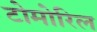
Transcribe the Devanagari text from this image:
टोमोरिल